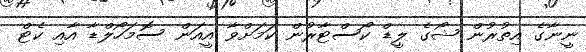
ނީނާގެ އިތުރުން ޝޯގެ ލީޑް ކޯސްޓާރުން ކަމަށްވާ އީއަން ސޮމަހޯލްޑާ އާއި ކެޓް